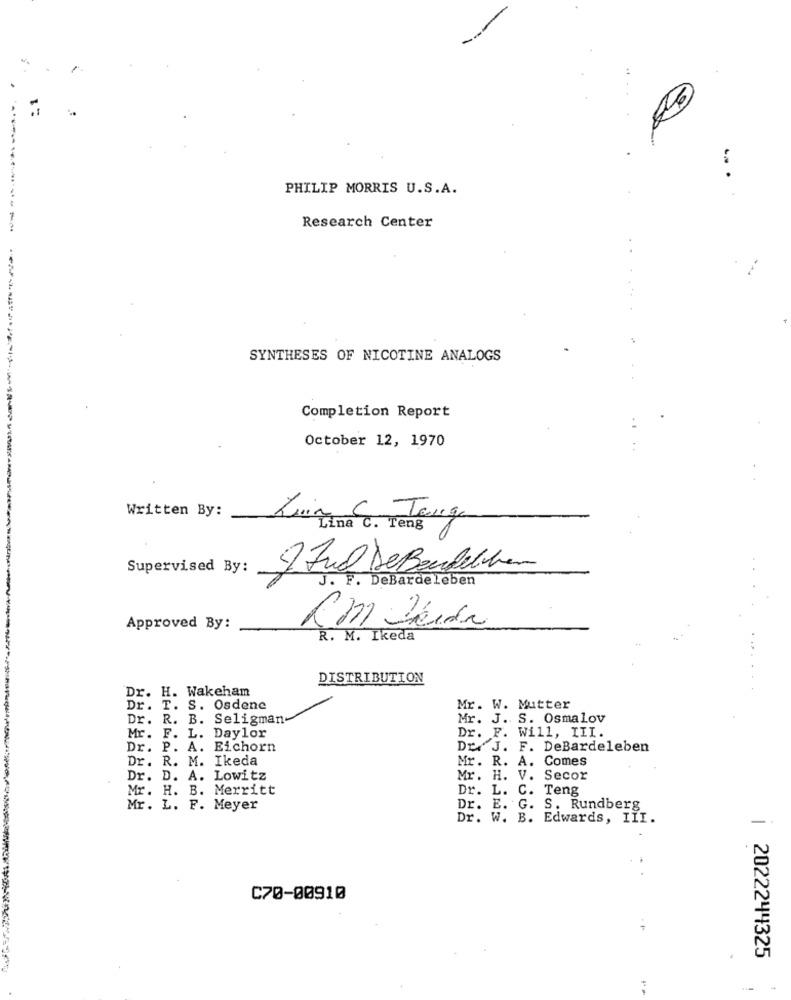
: 1
.. .
PHILIP MORRIS U.S.A.
---------
Research Center
SYNTHESES OF NICOTINE ANALOGS
Completion Report
October 12, 1970
Written By:
Luina Tong
Supervised By:
5. Jul DeBendeliber
J. F. DeBardeleben
Approved By:
R. M. Ikeda
DISTRIBUTION
Dr. H. Wakeham
Dr. T. S. Osdene
Mr. W. Mutter
Dr. R. B.
Seligman-
Mr. J. S. Osmalov
Daylor
Dr. F. Will, III.
Mr.
F.
L.
Dr. P. A.
Eichorn
Dr. J. F. DeBardeleben
Dr. R. M.
Ikeda
Mr. R. A. Comes
Dr. D. A. Lowitz
Mr. H. V. Secor
Mr. H. B. Merritt
Dr. L. C.
Teng
Mr. L. F. Meyer
Dr. E. G.
S. Rundberg
Dr. W. B. Edwards, III.
C70-00910
..
| 2022244325